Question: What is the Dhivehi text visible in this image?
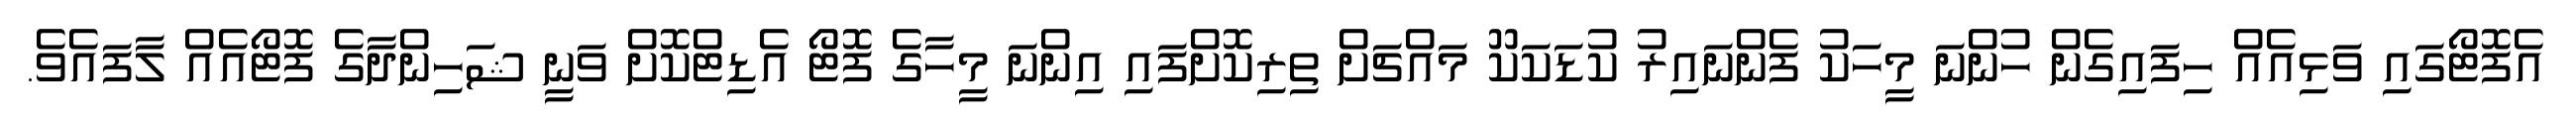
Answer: އެފޮޓޯގައި ވަޅިއެއް ހިފައިގެން ހުންނަ މީހަކު ފެންނައިރު ކުޑަކަކޫ މައްޗަށް ތިރިކޮށްފައި އިންނަ މީހާގެ ފޮޓޯ އެޑިޓްކޮށް ވަނީ ޝަހިންދާގެ ފޮޓޯއެއް ލާފައެވެ.